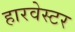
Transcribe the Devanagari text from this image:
हारवेस्टर